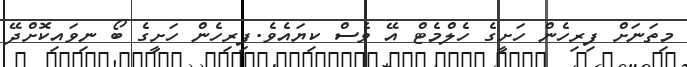
މިތަނަށް ފިރިހެން ހަށީގެ ހެލްމެޓް އޭ ވެސް ކިޔައެވެ.ފިރިހެން ހަށީގެ ބޯ ނިވައިކޮށްދޭ